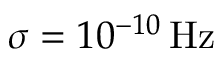
\sigma = 1 0 ^ { - 1 0 } \, \mathrm { H z }